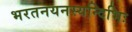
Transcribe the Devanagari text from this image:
भरतनयनस्यन्दिभिः